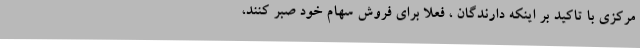
مرکزی با تاکید بر اینکه دارندگان ، فعلا برای فروش سهام خود صبر کنند،